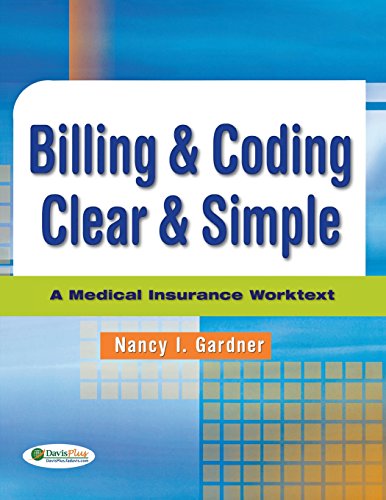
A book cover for Billing & Coding Clear & Simple: A Medical Insurance Worktext; Nancy Gardner CPC  CMA (AAMA); Medical Books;